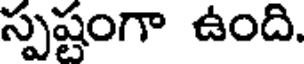
స్పష్టంగా ఉంది.